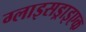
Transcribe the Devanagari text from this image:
ग्लाइसड्राइएक